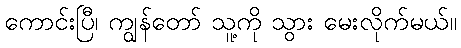
ကောင်းပြီ၊ ကျွန်တော် သူ့ကို သွား မေးလိုက်မယ်။